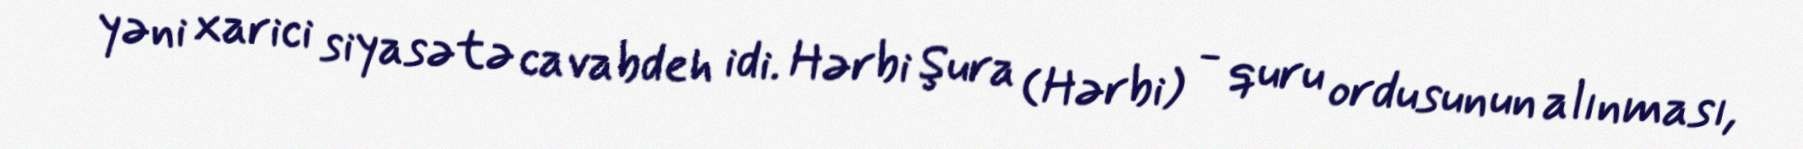
yəni xarici siyasətə cavabdeh idi. Hərbi Şura (Hərbi) - quru ordusunun alınması,